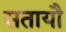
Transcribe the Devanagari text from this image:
सतायौ